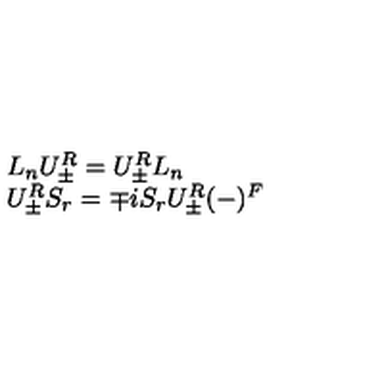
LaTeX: \begin{array} { l } { L _ { n } U _ { \pm } ^ { R } = U _ { \pm } ^ { R } L _ { n } } \\ { U _ { \pm } ^ { R } S _ { r } = \mp i S _ { r } U _ { \pm } ^ { R } ( - ) ^ { F } } \\ \end{array}